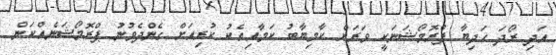
އަދި ރޯދަ ހަދިޔާ ޕްރޮމޯޝަނަކީ ވަރަށް ކާމިޔާބު ކަމާއިއެކު ކުރިއަށް ގެންދެވުނު ޕްރޮމޯޝަނެއްކަން